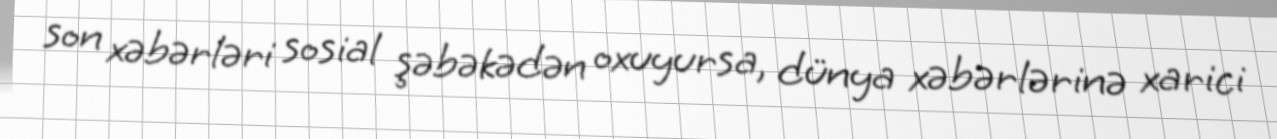
son xəbərləri sosial şəbəkədən oxuyursa, dünya xəbərlərinə xarici